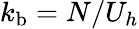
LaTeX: k_{\mathrm{b}}=N/U_{h}